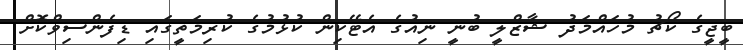
ބީޖީގެ ކޯޗު މުހައްމަދު ޝާޒްލީ ބުނީ ނިއުގެ އެޓޭކިން ކުޅުމުގެ ކުރިމަތީގައި ޑިފެންސިވްކޮށް